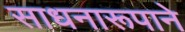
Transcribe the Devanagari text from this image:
साधनारूपाने